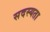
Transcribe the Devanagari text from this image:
सदस्यता